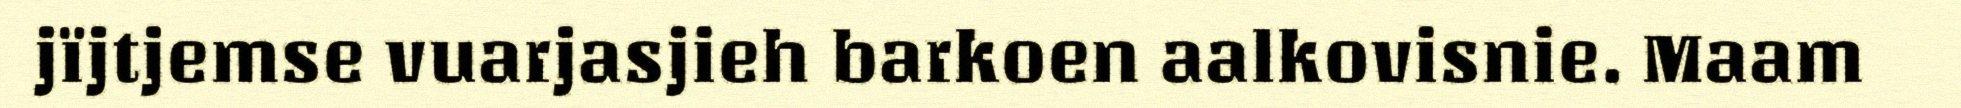
jïjtjemse vuarjasjieh barkoen aalkovisnie. Maam